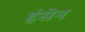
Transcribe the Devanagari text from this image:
हंसेन